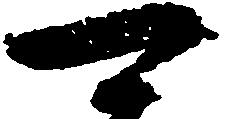
可